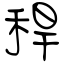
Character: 稈